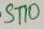
Text: ST10